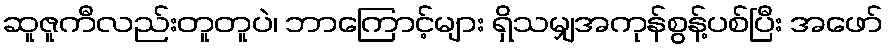
ဆူဇူကီလည်းတူတူပဲ၊ ဘာကြောင့်များ ရှိသမျှအကုန်စွန့်ပစ်ပြီး အဖော်